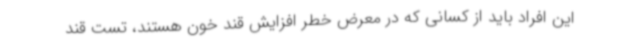
این افراد باید از کسانی که در معرض خطر افزایش قند خون هستند، تست قند